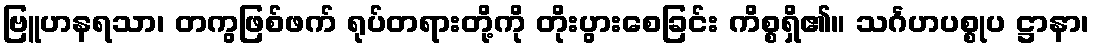
ဗြူဟနရသာ၊ တကွဖြစ်ဖက် ရုပ်တရားတို့ကို တိုးပွားစေခြင်း ကိစ္စရှိ၏။ သင်္ဂဟပစ္စုပ ဋ္ဌာနာ၊